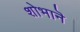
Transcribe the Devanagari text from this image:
शोभानॆ